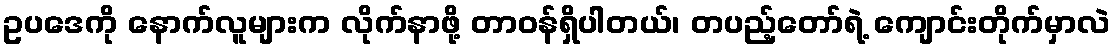
ဥပဒေကို နောက်လူများက လိုက်နာဖို့ တာဝန်ရှိပါတယ်၊ တပည့်တော်ရဲ့ ကျောင်းတိုက်မှာလဲ